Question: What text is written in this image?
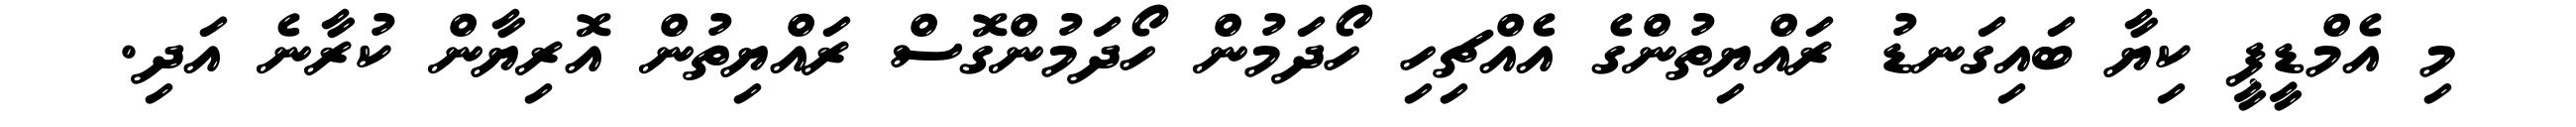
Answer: މި އެމްޑީޕީ ކިޔާ ބައިގަނޑު ރައްޔިތުންގެ އެއްޗިހި ހޯދަމުން ހޯދަމުންގޮސް ރައްޔިތުން އޮރިޔާން ކުރާނެ އަދި.